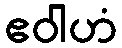
ဧဝါဟံ